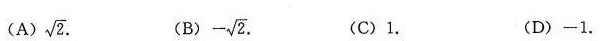
(A)\sqrt{2}.(B)- \sqrt{2}.(C)1. (D)-1.